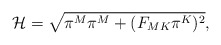
\begin{align*}{\cal H}=\sqrt{ \pi^M\pi^M +(F_{MK}\pi^K)^2 } ,\end{align*}